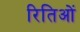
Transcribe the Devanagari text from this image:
रितिओं